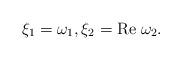
LaTeX: \begin{align*} \xi_1 = \omega_1, \xi_2=\textrm{Re} \;\omega_2. \end{align*}